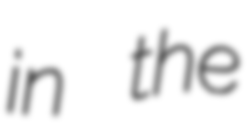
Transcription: in the